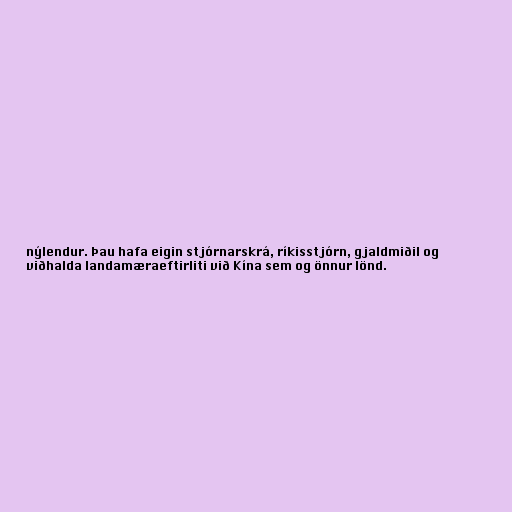
nýlendur. Þau hafa eigin stjórnarskrá, ríkisstjórn, gjaldmiðil og
viðhalda landamæraeftirliti við Kína sem og önnur lönd.